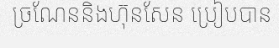
ច្រណែននិងហ៊ុនសែន ប្រៀបបាន